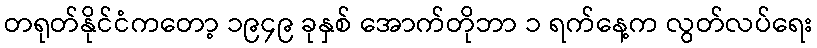
တရုတ်နိုင်ငံကတော့ ၁၉၄၉ ခုနှစ် အောက်တိုဘာ ၁ ရက်နေ့က လွတ်လပ်ရေး